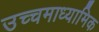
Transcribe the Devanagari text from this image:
उच्चमाध्यामिक